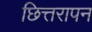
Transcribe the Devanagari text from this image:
छित्तरापन